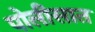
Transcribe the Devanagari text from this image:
पोलीसात